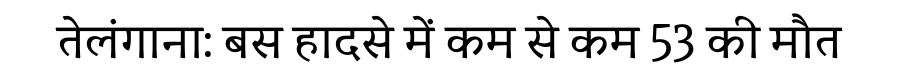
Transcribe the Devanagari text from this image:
तेलंगाना: बस हादसे में कम से कम 53 की मौत